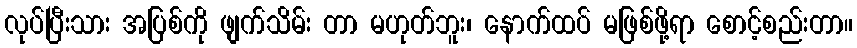
လုပ်ပြီးသား အပြစ်ကို ဖျက်သိမ်း တာ မဟုတ်ဘူး၊ နောက်ထပ် မဖြစ်ဖို့ရာ စောင့်စည်းတာ။